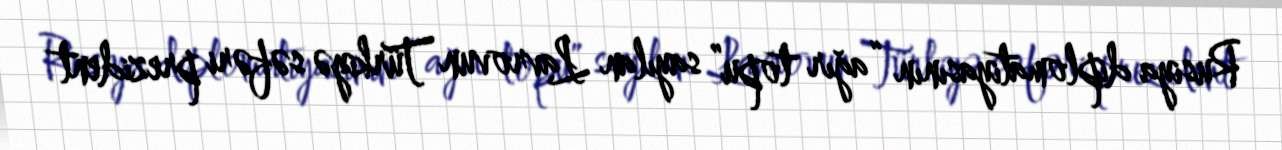
Rusiya diplomatiyasının “ağır topu” sayılan Lavrovun Türkiyə səfəri prezident